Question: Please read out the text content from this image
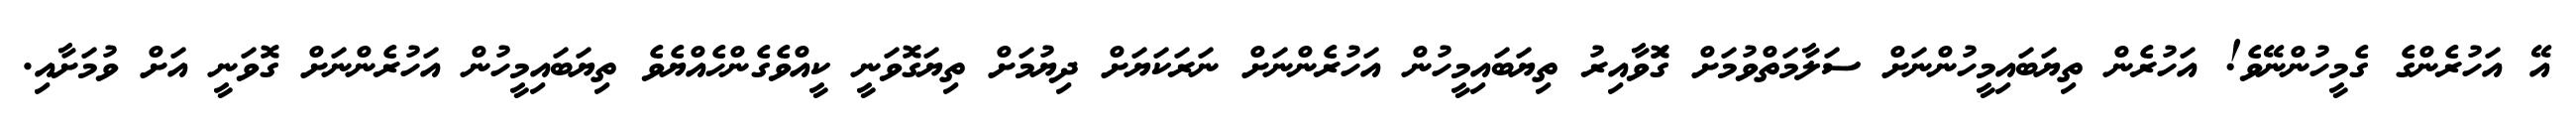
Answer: އޭ އަހުރެންގެ ގެމީހުންނޭވެ! އަހުރެން ތިޔަބައިމީހުންނަށް ސަލާމަތްވުމަށް ގޮަވާއިރު ތިޔަބައިމީހުން އަހުރެންނަށް ނަރަކަޔަށް ދިޔުމަށް ތިޔަގޮވަނީ ކީއްވެގެންހެއްޔެވެ ތިޔަބައިމީހުން އަހުރެންނަށް ގޮވަނީ އަށް ވުމަށާއި.